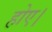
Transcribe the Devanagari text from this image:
होए।